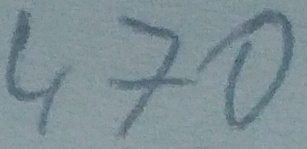
Text: 470